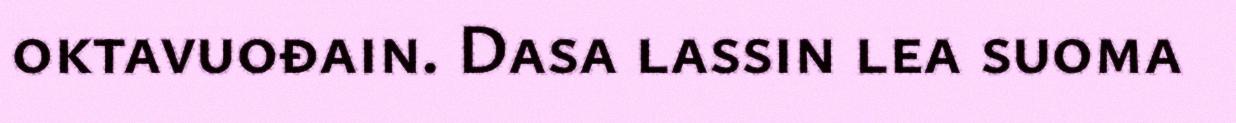
oktavuođain. Dasa lassin lea suoma